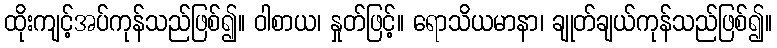
ထိုးကျင့်အပ်ကုန်သည်ဖြစ်၍။ ဝါစာယ၊ နှုတ်ဖြင့်။ ရောသိယမာနာ၊ ချုတ်ချယ်ကုန်သည်ဖြစ်၍။